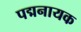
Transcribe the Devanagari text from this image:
पद्मनायक